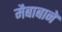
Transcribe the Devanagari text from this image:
मैबाबाने